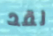
لقد